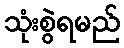
သုံးစွဲရမည်